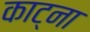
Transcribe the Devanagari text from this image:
काट्ना